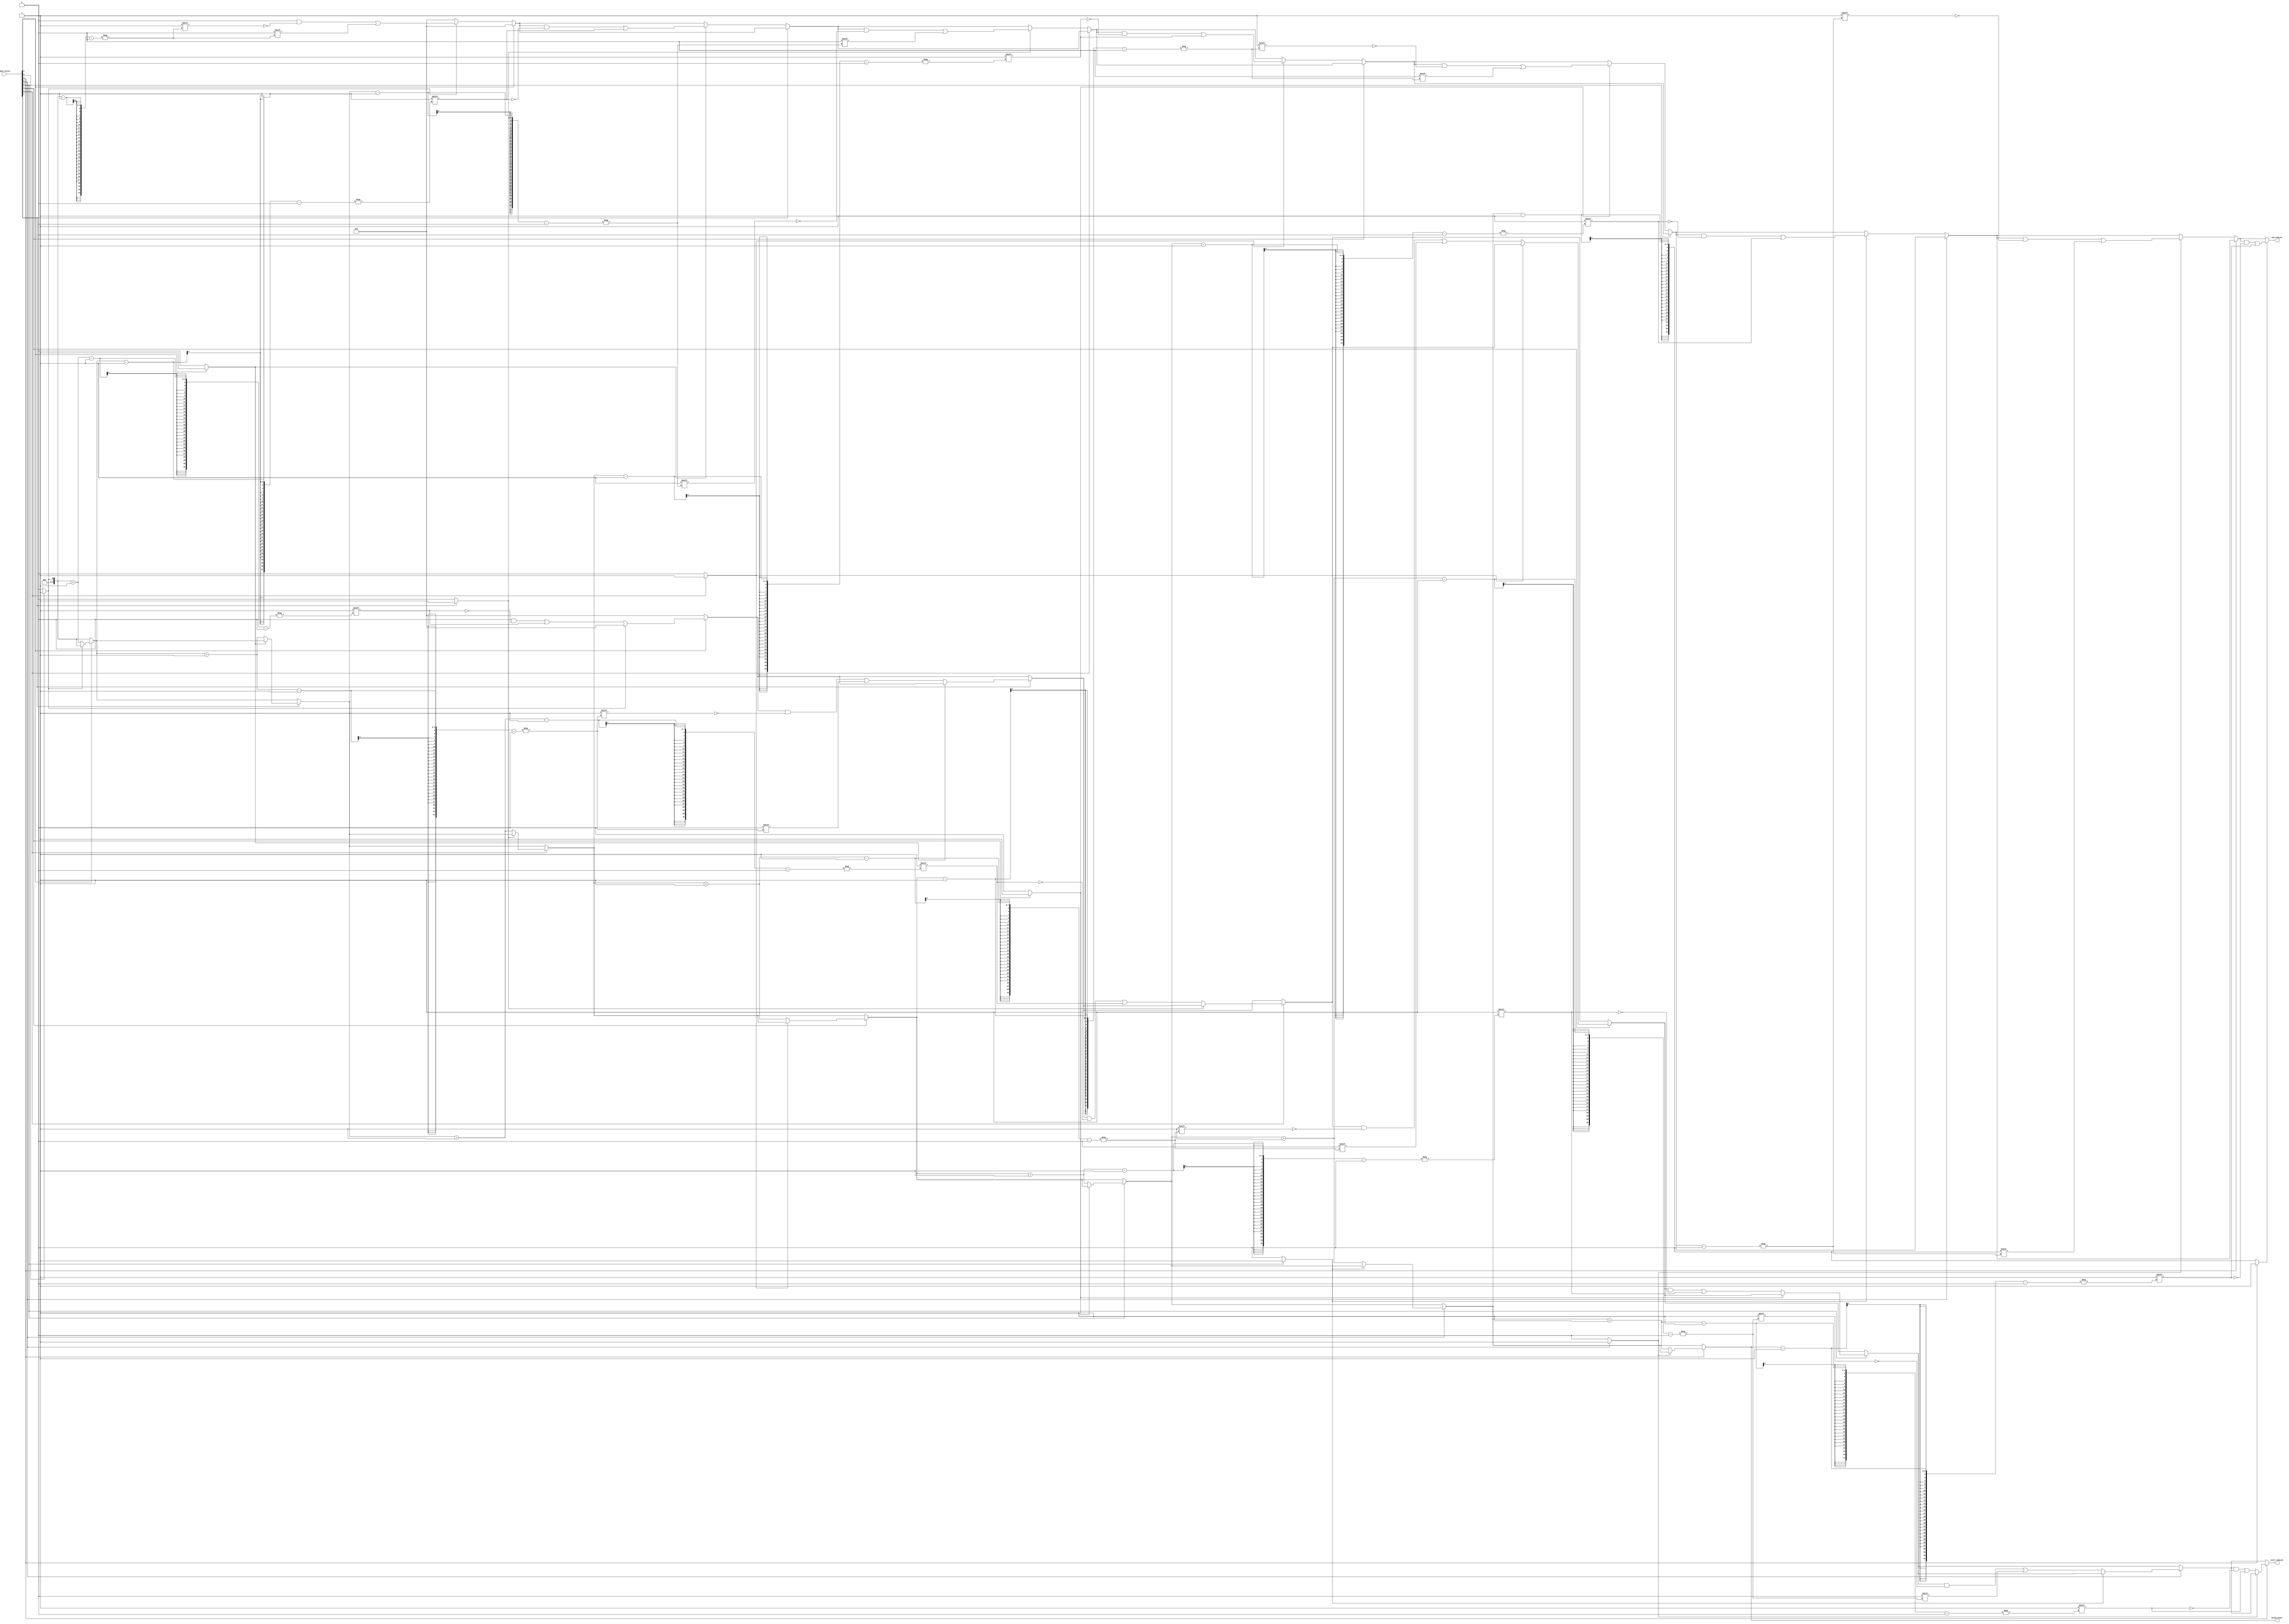
module GroupingOfOnes #(
    parameter n = 8  // Define the size of the input vector
)(
    input  wire [n-1:0] input_vector,  // Input binary vector
    output reg [3:0] group_count,       // Output count of groups (up to 15 groups)
    output reg [(n-1):0] start_indices,  // Output start indices of groups
    output reg [(n-1):0] end_indices     // Output end indices of groups
);

    integer i;
    reg in_group; // Flag to indicate if we are currently in a group of 1s

    always @(*) begin
        // Initialize outputs
        group_count = 0;
        start_indices = 0;
        end_indices = 0;
        in_group = 0;

        for (i = 0; i < n; i = i + 1) begin
            if (input_vector[i] == 1) begin
                if (!in_group) begin
                    // We found the start of a new group
                    in_group = 1;
                    group_count = group_count + 1;
                    start_indices[group_count - 1] = i; // Store start index
                end
            end else begin
                if (in_group) begin
                    // We found the end of a group
                    in_group = 0;
                    end_indices[group_count - 1] = i - 1; // Store end index
                end
            end
        end

        // Handle case where the last group ends at the MSB
        if (in_group) begin
            end_indices[group_count - 1] = n - 1; // Last group ends at the last bit
        end
    end

endmodule